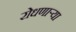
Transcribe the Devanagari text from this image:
रोधणाऱ्या